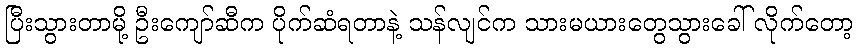
ပြီးသွားတာမို့ ဦးကျော်ဆီက ပိုက်ဆံရတာနဲ့ သန်လျင်က သားမယားတွေသွားခေါ် လိုက်တော့